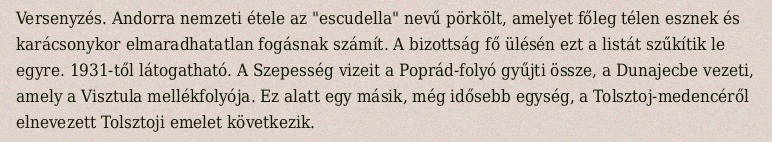
Versenyzés. Andorra nemzeti étele az "escudella" nevű pörkölt, amelyet főleg télen esznek és karácsonykor elmaradhatatlan fogásnak számít. A bizottság fő ülésén ezt a listát szűkítik le egyre. 1931-től látogatható. A Szepesség vizeit a Poprád-folyó gyűjti össze, a Dunajecbe vezeti, amely a Visztula mellékfolyója. Ez alatt egy másik, még idősebb egység, a Tolsztoj-medencéről elnevezett Tolsztoji emelet következik.